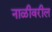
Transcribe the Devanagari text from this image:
नाळीवरील